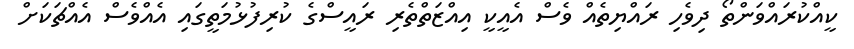
ކީއްކުރައްވަންތޯ ދިވެހި ރައްޔިތެއް ވެސް އެއީކީ އިއްޒަތްތެރި ރައީސްގެ ކުރިފުޅުމަތީގައި އެއްވެސް އެއްޗަކަށް